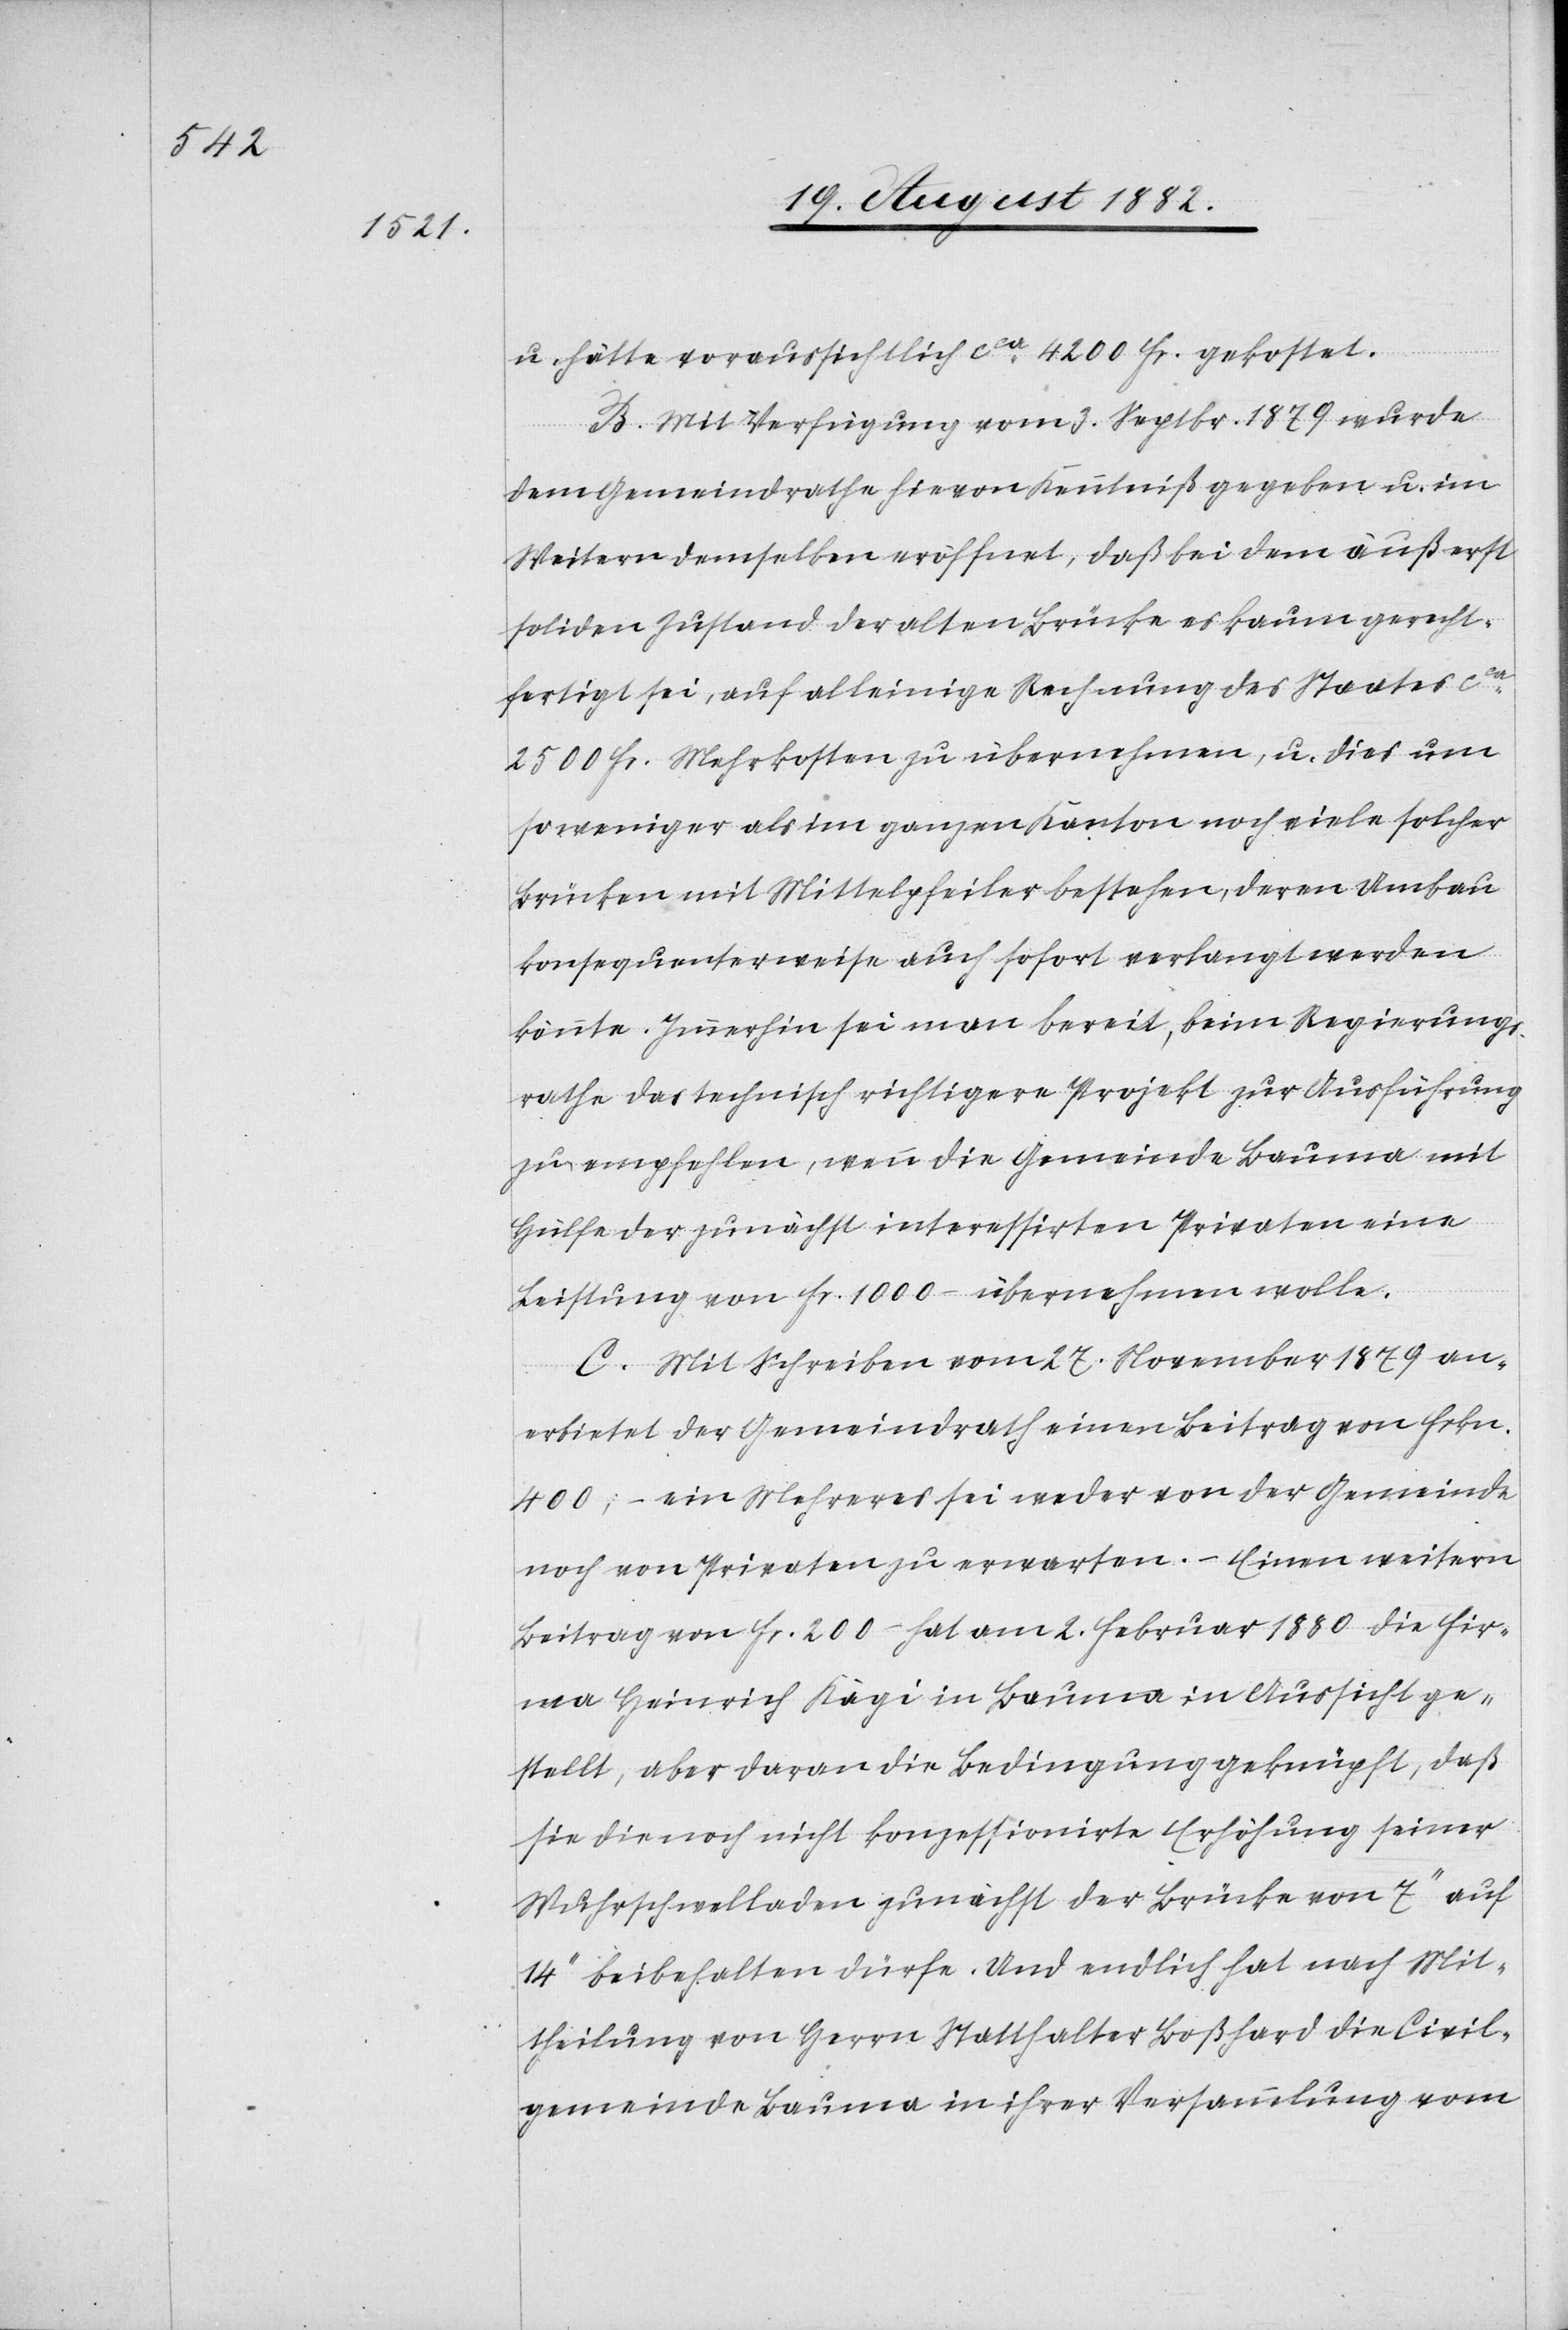
u. hätte voraussichtlich ca 4200 Fr. gekostet.
B. Mit Verfügung vom 3. Septbr. 1879 wurde
dem Gemeindrathe hievon Kenntniß gegeben u. im
Weitern demselben eröffnet, daß bei dem äußerst
soliden Zustand der alten Brücke es kaum gerecht¬
fertigt sei, auf alleinige Rechnung des Staates ca
2500 Fr. Mehrkosten zu übernehmen, u. dies um
so weniger als im ganzen Kanton noch viele solcher
Brücken mit Mittelpfeiler bestehen, deren Umbau
konsequenterweise auch sofort verlangt werden
könnte. Immerhin sei man bereit, beim Regierungs¬
rathe das technisch richtigere Projekt zur Ausführung
zu empfehlen, wenn die Gemeinde Bauma mit
Hülfe der zunächst interessirten Privaten eine
Leistung von Fr. 1000.– übernehmen wolle.
C. Mit Schreiben vom 27. November 1879 an¬
erbietet der Gemeindrath einen Beitrag von Frkn.
400; ein Mehreres sei weder von der Gemeinde
noch von Privaten zu erwarten. – Einen weitern
Beitrag von Fr. 200.– hat am 2. Februar 1880 die Fir¬
ma Heinrich Kägi in Bauma in Aussicht ge¬
stellt, aber daran die Bedingung geknüpft, daß
sie die noch nicht konzessionirte Erhöhung seiner
Wuhrschwelladen zunächst der Brücke von 7‘‘ auf
14‘‘ beibehalten dürfe. Und endlich hat nach Mit¬
theilung von Herrn Statthalter Boßhard die Civil¬
gemeinde Bauma in ihrer Versammlung vom